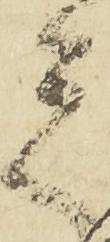
者